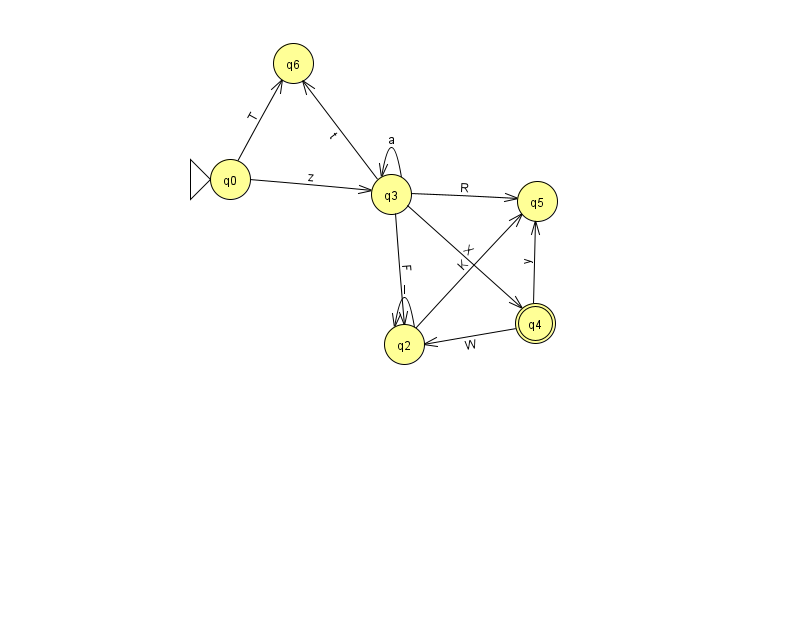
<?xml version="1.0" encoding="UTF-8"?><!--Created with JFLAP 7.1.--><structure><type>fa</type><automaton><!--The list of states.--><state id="0" name="q0"><x>230.0</x><y>166.0</y><initial/></state><state id="2" name="q2"><x>404.0</x><y>331.0</y></state><state id="3" name="q3"><x>391.0</x><y>181.0</y></state><state id="4" name="q4"><x>535.0</x><y>310.0</y><final/></state><state id="5" name="q5"><x>537.0</x><y>188.0</y></state><state id="6" name="q6"><x>293.0</x><y>50.0</y></state><!--The list of transitions.--><transition><from>3</from><to>3</to><read>a</read></transition><transition><from>3</from><to>2</to><read>F</read></transition><transition><from>3</from><to>5</to><read>R</read></transition><transition><from>4</from><to>2</to><read>W</read></transition><transition><from>0</from><to>3</to><read>z</read></transition><transition><from>3</from><to>6</to><read>t</read></transition><transition><from>0</from><to>6</to><read>T</read></transition><transition><from>3</from><to>4</to><read>X</read></transition><transition><from>2</from><to>2</to><read>l</read></transition><transition><from>4</from><to>5</to><read>y</read></transition><transition><from>2</from><to>5</to><read>K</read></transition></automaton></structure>